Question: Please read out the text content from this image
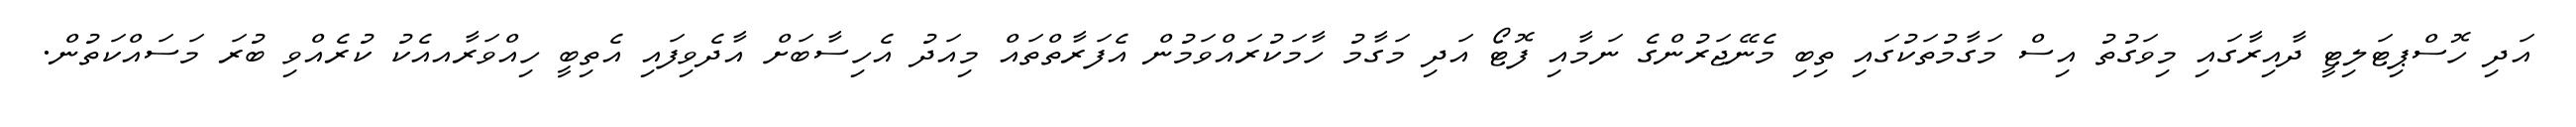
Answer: އަދި ހޮސްޕިޓަލިޓީ ދާއިރާގައި މިވަގުތު އިސް މަގާމުތަކުގައި ތިބި މެނޭޖަރުންގެ ނަމާއި ފޮޓޯ އަދި މަގާމު ހާމަކުރައްވަމުން އެފަރާތްތައް މިއަދު އެހިސާބަށް އާދެވިފައި އެތިބީ ހިއްވަރާއއެކު ކުރެއްވި ބުރަ މަސައްކަތުން.